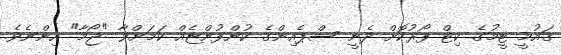
ގައުމީ ޓީމުގެ ކިޓް ފޯރުކޮށް ދެނީ ސްޕެއިންގެ ކުންފުންޏެއް ކަަމަށްވާ "ޖޯމާ" އިންނެވެ.